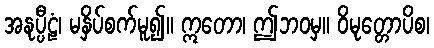
အနုပ္ပီဠံ၊ မနှိပ်စက်မူ၍။ ဣတော၊ ဤဘဝမှ။ ဝိမုတ္တောပိစ၊